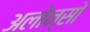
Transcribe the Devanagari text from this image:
अलोन्सों